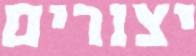
יצורים